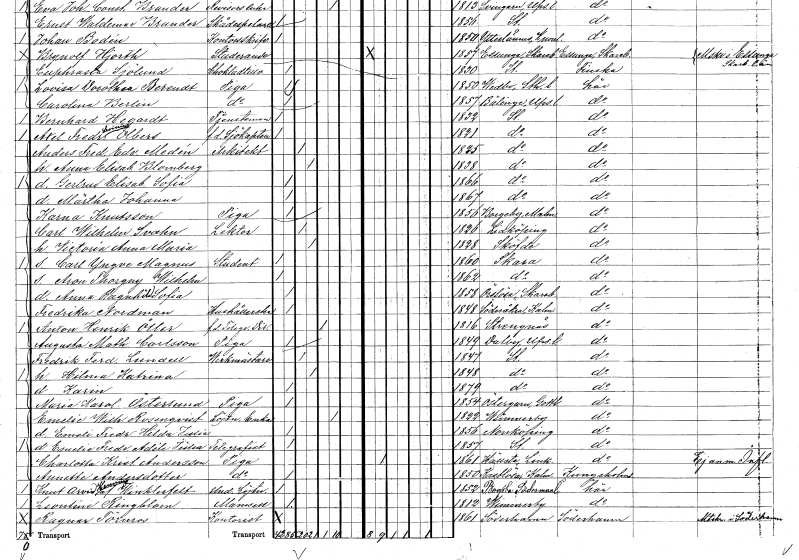
gt_parse: households: individuals: FN: Märtha Johanna
KON: K
CIV: O
FODAR: 1867
FODFORS: Stockholm
FN: Karna
EN: Knutsson
YRKE: Piga
KON: K
CIV: O
FODAR: 1856
FODFORS: Borgeby Malmöhus län
FN: Carl Wilhelm
EN: Svahn
YRKE: Lektor
KON: M
CIV: G
FODAR: 1826
FODFORS: Lidköping Skaraborgs län
FN: Victoria Anna Maria
KON: K
CIV: G
FODAR: 1828
FODFORS: Skövde Skaraborgs län
FN: Carl Yngve Magnus
YRKE: Student
KON: M
CIV: O
FODAR: 1860
FODFORS: Skara Skaraborgs län
FN: Aron Thorgny Wilhelm
KON: M
CIV: O
FODAR: 1862
FODFORS: Skara Skaraborgs län
FN: Anna Ragnhild Sofia
KON: K
CIV: O
FODAR: 1858
FODFORS: Örslösa Skaraborgs län
FN: Fredrika
EN: Nordman
YRKE: Hushållerska
KON: K
CIV: O
FODAR: 1848
FODFORS: Söderåkra Kalmar län
FN: Anton Henrik
EN: Öller
YRKE: Telegrafdirektör f.d.
KON: M
CIV: E
FODAR: 1816
FODFORS: Strängnäs Södermanlands län
FN: Augusta Mathilda
EN: Carlsson
YRKE: Piga
KON: K
CIV: O
FODAR: 1849
FODFORS: Dalby Uppsala län
FN: Fredrik Ferdinand
EN: Lundell
YRKE: Verkmästare
KON: M
CIV: G
FODAR: 1847
FODFORS: Stockholm
FN: Hilma Katrina
KON: K
CIV: G
FODAR: 1848
FODFORS: Stockholm
FN: Karin
KON: K
CIV: O
FODAR: 1879
FODFORS: Stockholm
FN: Maria Karolina
EN: Österlund
YRKE: Piga
KON: K
CIV: O
FODAR: 1854
FODFORS: Östergarn Gotlands län
FN: Emelie Wilhelmina
EN: Rosenqvist
YRKE: Löjtnantsänka
KON: K
CIV: E
FODAR: 1822
FODFORS: Vimmerby Kalmar län
FN: Emeli Fredrika Hilda Julia
KON: K
CIV: O
FODAR: 1856
FODFORS: Norrköping Östergötlands län
FN: Emelie Fredrika Adéle Julia
YRKE: Telegrafist
KON: K
CIV: O
FODAR: 1857
FODFORS: Stockholm
FN: Charlotta Kristina
EN: Andersson
YRKE: Piga
KON: K
CIV: O
FODAR: 1861
FODFORS: Hällestad Östergötlands län
FN: Annette
EN: Andersdotter
YRKE: Piga
KON: K
CIV: O
FODAR: 1850
FODFORS: Kastlösa Kalmar län
FN: Knut Arvid Henning
EN: af Winklerfelt
YRKE: Underlöjtnant
KON: M
CIV: O
FODAR: 1852
FODFORS: Bogsta Södermanlands län
FN: Leontine
EN: Ringblom
KON: K
CIV: O
FODAR: 1812
FODFORS: Vimmerby Kalmar län
FN: Ragnar
EN: Törnros
YRKE: Kontorist
KON: M
CIV: O
FODAR: 1861
FODFORS: Söderhamn Gävleborgs län